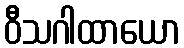
ဝီသဂါထာယော